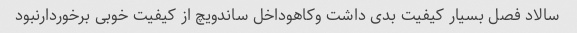
سالاد فصل بسیار کیفیت بدی داشت وکاهوداخل ساندویچ از کیفیت خوبی برخوردارنبود